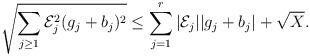
LaTeX: \begin{align*}\sqrt{\sum_{j \geq 1}{\mathcal E}_j^2(g_j + b_j)^2} \leq\sum_{j=1}^r |{\mathcal E}_j||g_j + b_j| + \sqrt{X}.\end{align*}